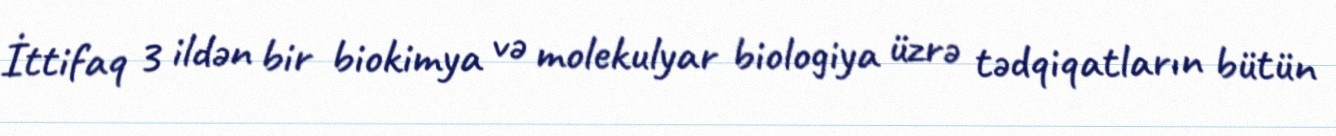
İttifaq 3 ildən bir biokimya və molekulyar biologiya üzrə tədqiqatların bütün